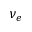
\nu _ { e }